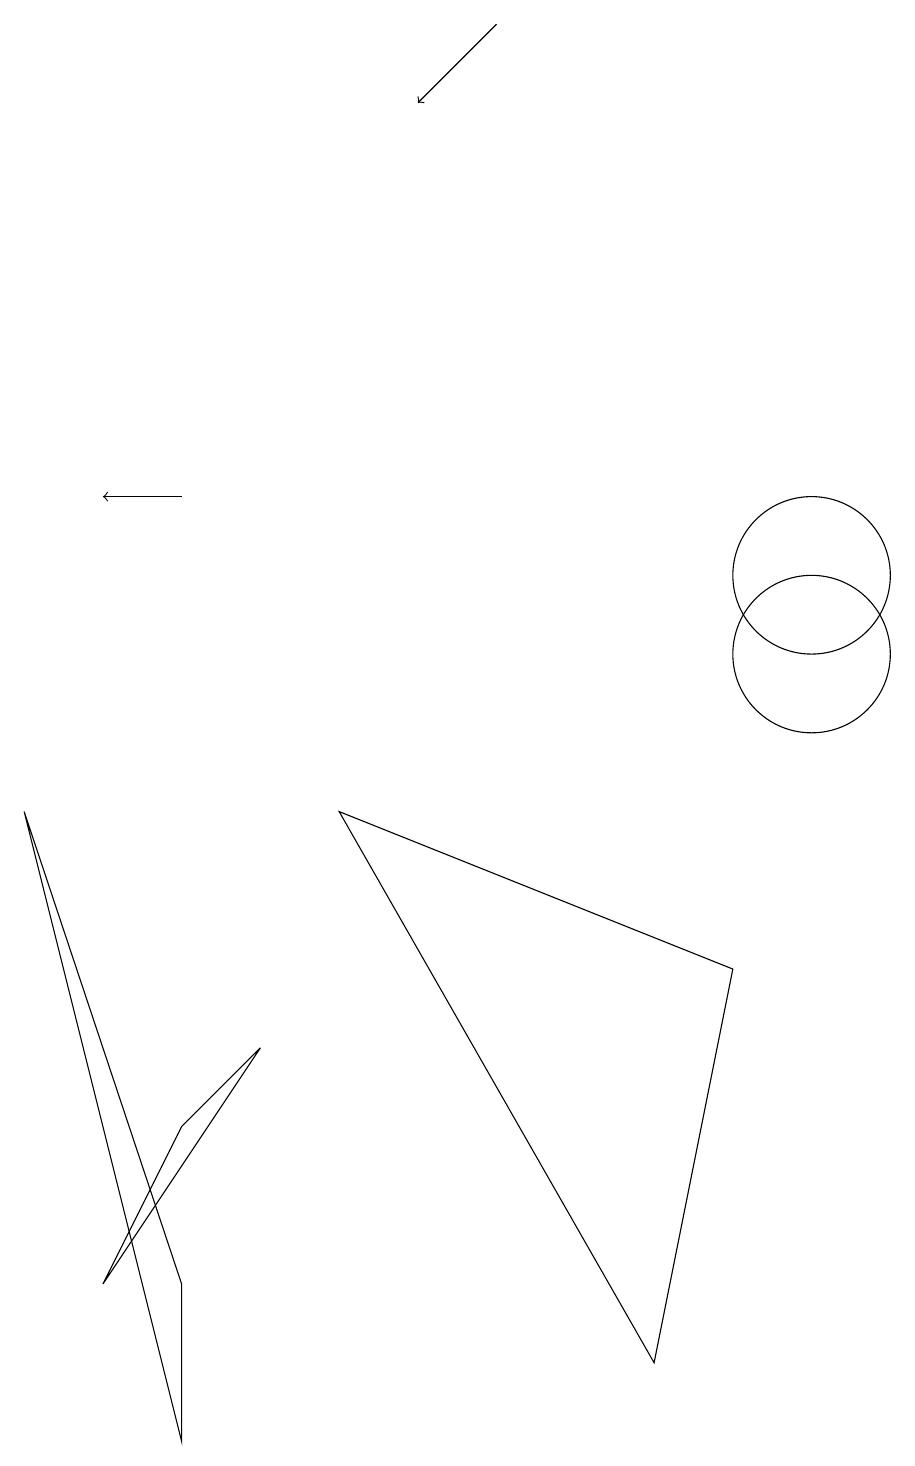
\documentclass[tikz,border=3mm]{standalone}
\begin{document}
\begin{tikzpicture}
\draw (10,12) circle (1);
\draw (1,3) -- (2,5) -- (3,6) -- cycle;
\draw[->] (2,13) -- (1,13);
\draw (0,9) -- (2,1) -- (2,3) -- cycle;
\draw (10,11) circle (1);
\draw (8,2) -- (4,9) -- (9,7) -- cycle;
\draw[->] (6,19) -- (5,18);
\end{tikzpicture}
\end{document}